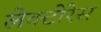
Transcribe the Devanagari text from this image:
लेक्टोरेस